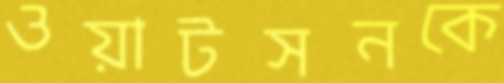
ওয়াটসনকে